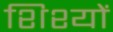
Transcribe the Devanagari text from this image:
शिश्यों